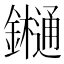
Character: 𨯁